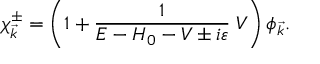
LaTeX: \chi _ { \vec { k } } ^ { \pm } = \left( 1 + \frac { 1 } { E - H _ { 0 } - V \pm i \varepsilon } \; V \right) \phi _ { \vec { k } } .